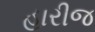
હારીજ